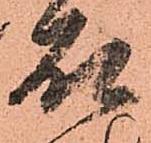
石